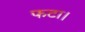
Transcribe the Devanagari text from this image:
फटा।